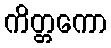
ကိတ္တကော